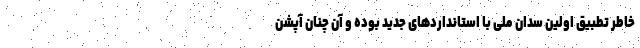
خاطر تطبیق اولین سدان ملی با استانداردهای جدید بوده و آن چنان آپشن